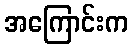
အကြောင်းက